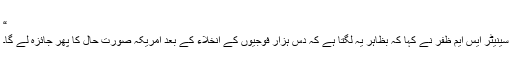
“
سینیٹر ایس ایم ظفر نے کہا کہ بظاہر یہ لگتا ہے کہ دس ہزار فوجیوں کے انخلاء کے بعد امریکہ صورت حال کا پھر جائزہ لے گا۔